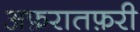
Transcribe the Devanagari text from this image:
अफ़रातफ़री